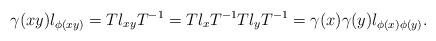
LaTeX: \begin{align*}\gamma(xy)l_{\phi(xy)}=Tl_{xy}T^{-1}=Tl_xT^{-1}Tl_yT^{-1}=\gamma(x)\gamma(y)l_{\phi(x)\phi(y)}.\end{align*}